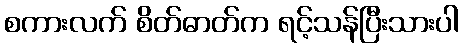
စကားလက် စိတ်ဓာတ်က ရင့်သန်ပြီးသားပါ